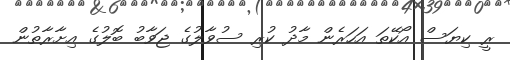
ރީ ކިޔަސް އޯކޭތަ އަހަރެން މާދު ކުރި ސުވާލުގެ ޖަވާބު ބޮލުގެ އިށާރާތުން